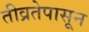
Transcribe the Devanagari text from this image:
तीव्रतेपासून